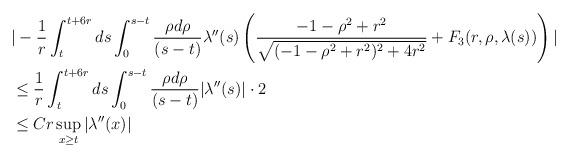
LaTeX: \begin{align*} &|-\frac{1}{r} \int_{t}^{t+6r} ds \int_{0}^{s-t} \frac{\rho d\rho}{(s-t)} \lambda''(s)\left(\frac{-1-\rho^{2}+r^{2}}{\sqrt{(-1-\rho^{2}+r^{2})^{2}+4r^{2}}}+F_{3}(r,\rho,\lambda(s))\right)| \\&\leq \frac{1}{r} \int_{t}^{t+6r} ds \int_{0}^{s-t} \frac{\rho d\rho}{(s-t)} |\lambda''(s)|\cdot 2\\&\leq C r \sup_{x \geq t}|\lambda''(x)|\end{align*}